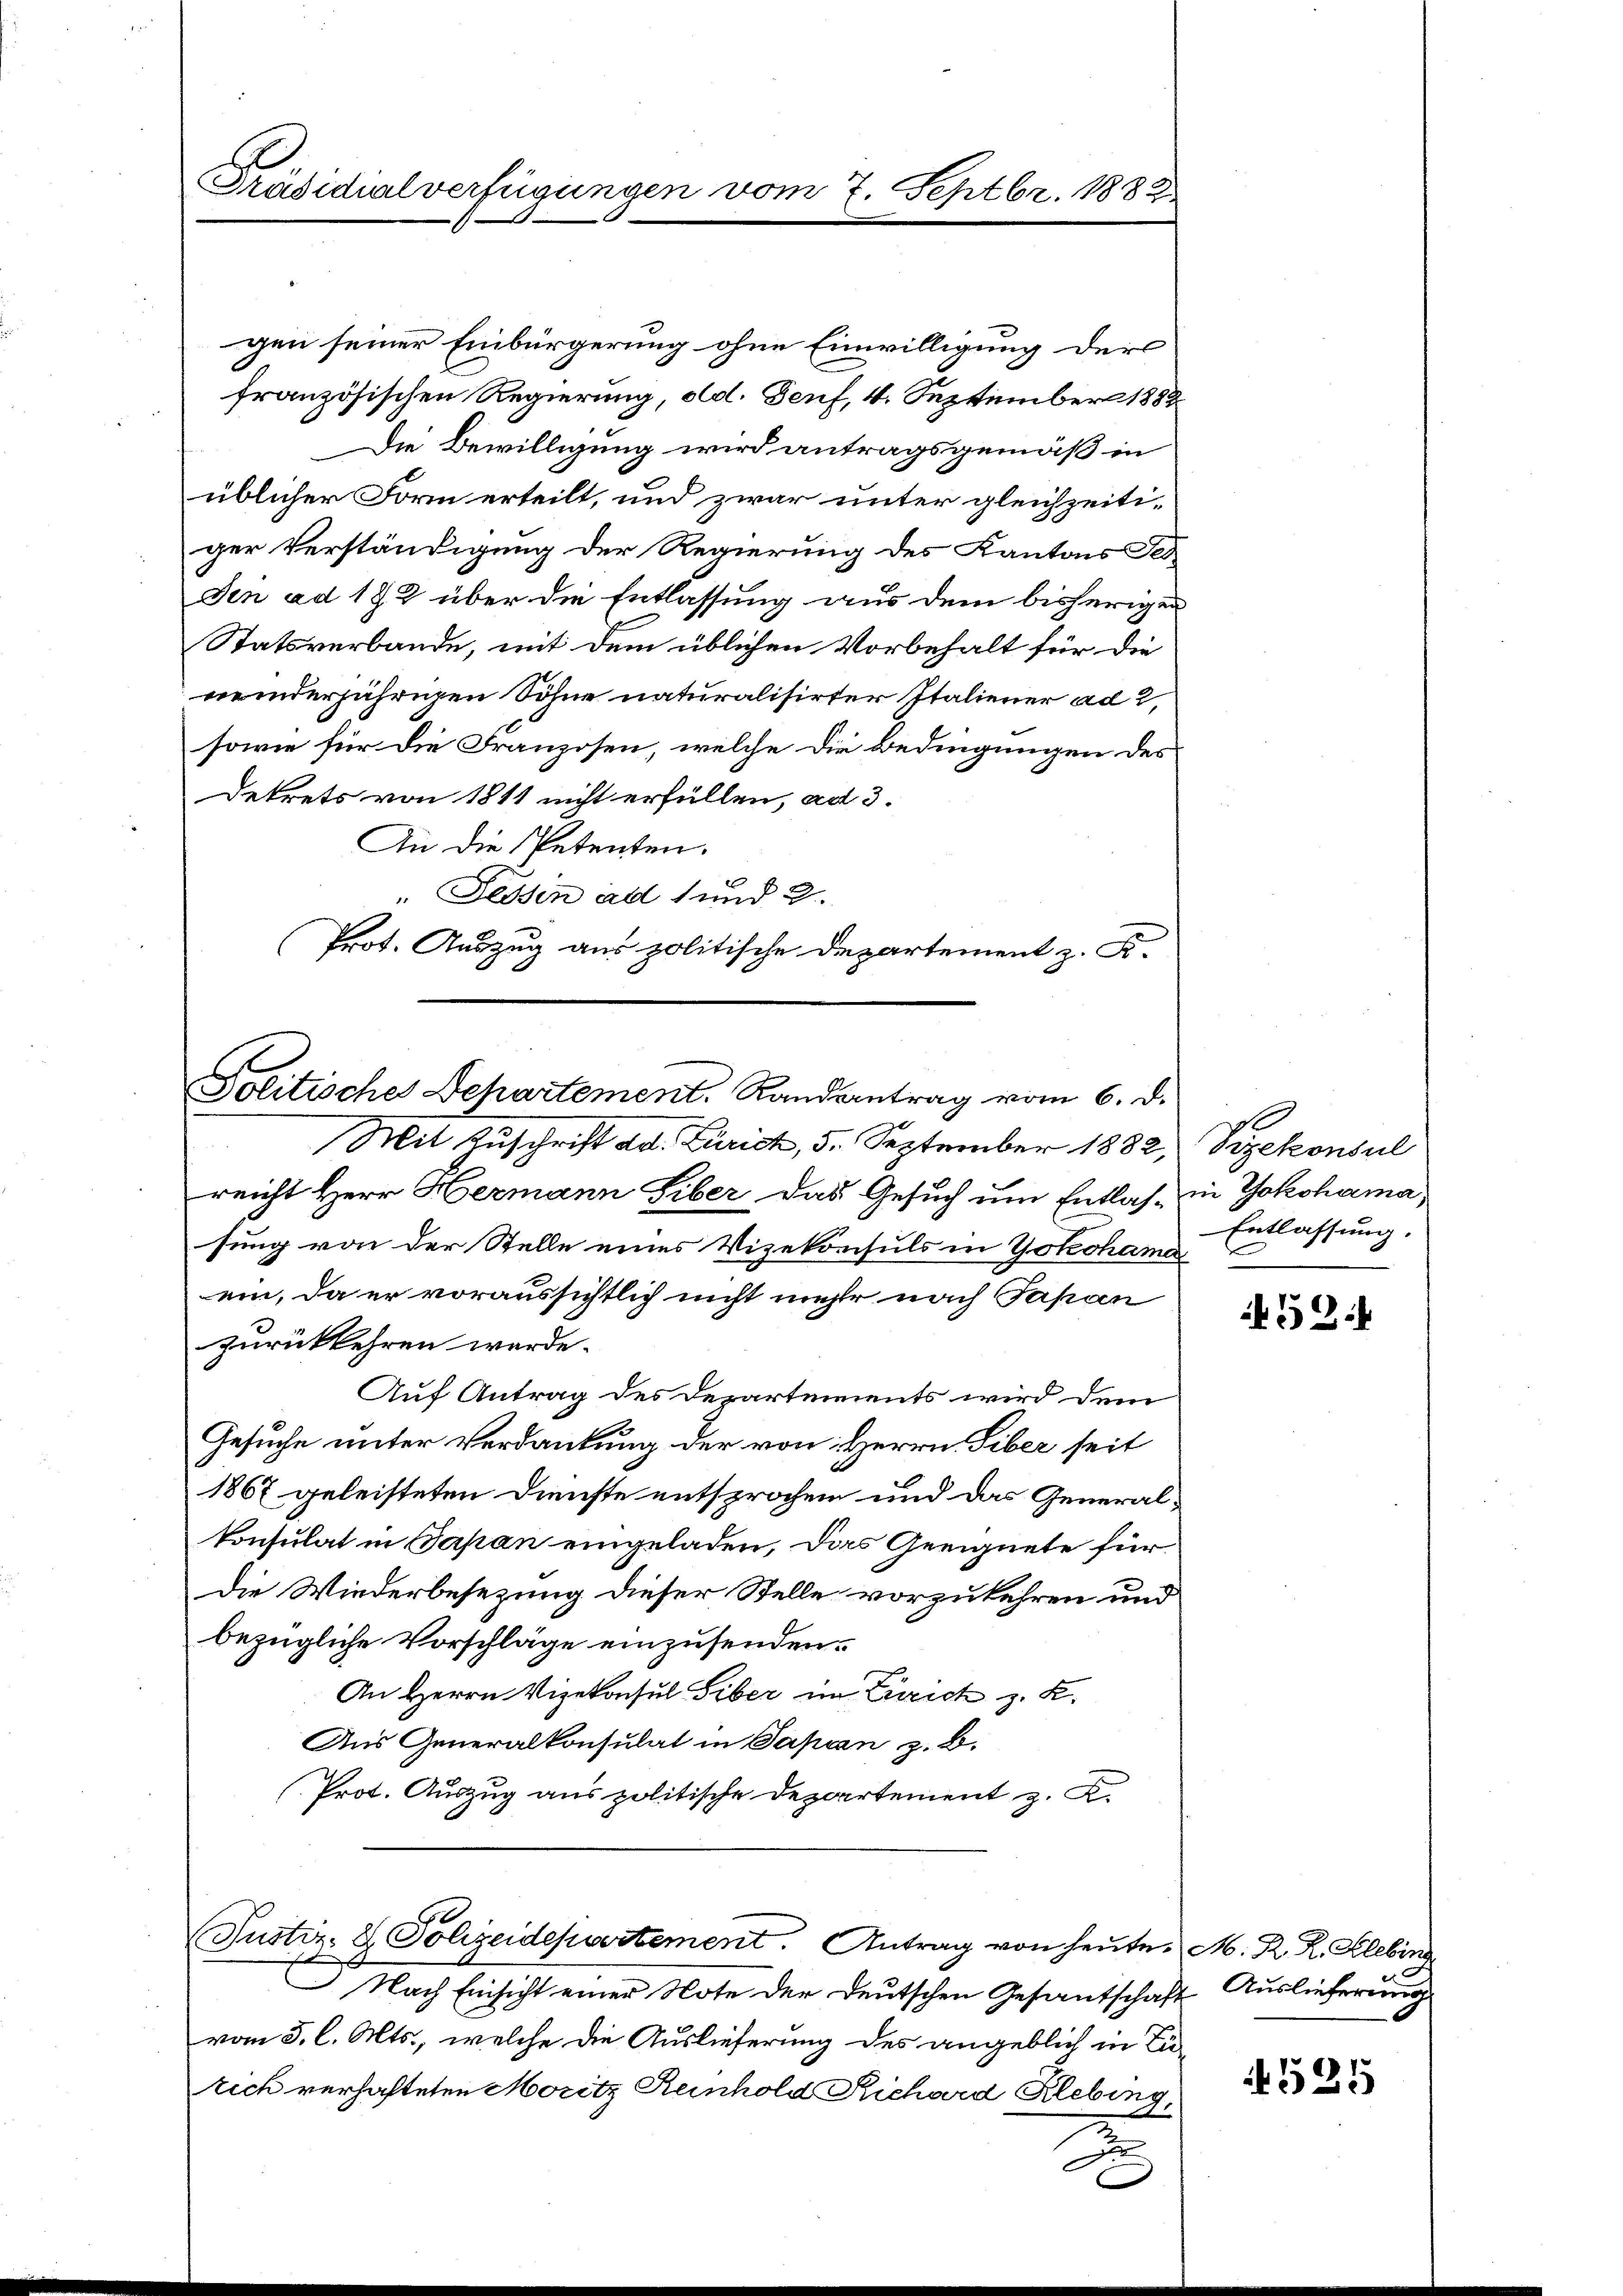
Präsidialverfügungen vom 7. Septbr. 1883

gen seiner Einbürgerung ohne Einwilligung der
französischen Regierung, od. Genf, 4. September 1889
Die Bewilligung wird antragsgemäß in
üblicher Form erteilt, und zwar unter gleichzeitiger Verständigung der Regierung des Kantons Tes
Den ad 192 über die Entlassung aus dem bisherigen
Statsverbande, mit dem üblichen Vorbehalt für die
neinderjährigen Söhne naturalisirter Italiener ad 2,
sowie für die Franzosen, welche die Bedingungen des
Dekrets von 1811 nicht erfüllen, ad 3.
An die Petenten.
"Fessen ad 1 und 2.
Prot. Auszug aus politische Departement z. B.

Politisches Departement. Randantrag vom 6. d.

Mit Zuschrift ad. Zürich, 5. September 1882, Vizekonsul
reicht Herr Hermann Siber das Gesuch um Entlas- in Yokohama
sung von der Stelle eines Vizekonsuls in Yokohama
ein, da er voraussichtlich nicht mehr nach Japan
zurückkehren werde.
Auf Antrag des Departements wird dem
Gesuche unter Verdankung der von Herrn Siber seit
1867 geleisteten Dienste entsprochen und das General-
konsulat in Japan eingeladen, das Geeignete für
Die Wiederbesezung dieser Stelle vorzukehren und
bezügliche Vorschläge einzusenden.
An Herrn Vizekonsul Siber in Zürich z. B.
Aus Generalkonsulat in Papan z. B.
Prot. Auszug aus politische Departement z. K.
Justiz- & Polizeidepartement. Antrag von heute M. R. R. Klebing
Nach Einsicht einer Note der Deutschen Gesantschaft Auslieferung
vom 3. l. Mts., welche die Auslieferung des angeblich in Zürich verhafteten Moritz Reinhold Richard Klebing,

.

Entlassung.

59:1

525